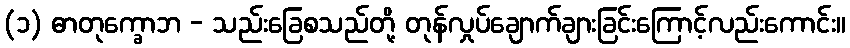
(၁) ဓာတုက္ခောဘ - သည်းခြေစသည်တို့ တုန်လှုပ်ချောက်ချားခြင်းကြောင့်လည်းကောင်း။